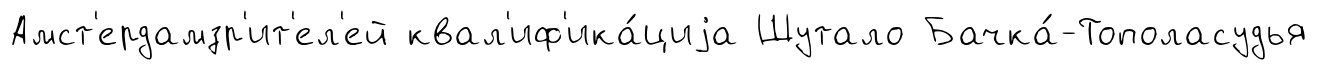
Амст'ердамзр'ит'ел'ей квал'иф'ика́циjа Шутало Бачка́-Тополасудья